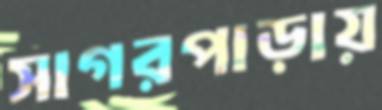
সাগরপাড়ায়